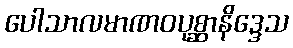
ပေါသာလမာဏဝပုစ္ဆာနိဒ္ဒေသ